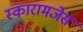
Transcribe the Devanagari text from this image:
स्कारामजेस